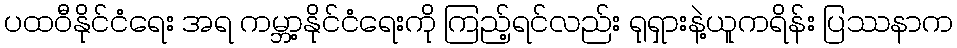
ပထဝီနိုင်ငံရေး အရ ကမ္ဘာ့နိုင်ငံရေးကို ကြည့်ရင်လည်း ရုရှားနဲ့ယူကရိန်း ပြဿနာက